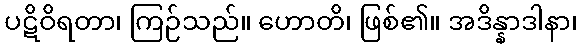
ပဋိဝိရတာ၊ ကြဉ်သည်။ ဟောတိ၊ ဖြစ်၏။ အဒိန္နာဒါနာ၊